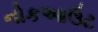
નોકઆઉટ